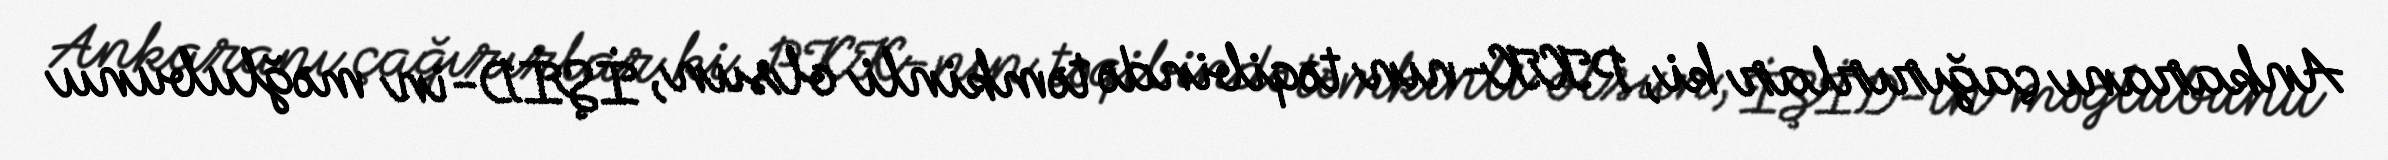
Ankaranı çağırırlar ki, PKK-nın təqibində təmkinli olsun, İŞİD-in məğlubunu